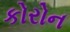
કોરોન